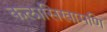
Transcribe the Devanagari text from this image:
कलासिखामणि